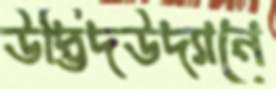
উদ্ভিদউদ্যানে